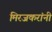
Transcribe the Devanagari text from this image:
मिरजकरांनी